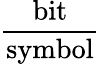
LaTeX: \frac{\mathrm{bit}}{\mathrm{symbol}}